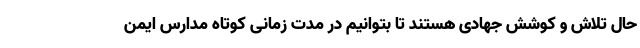
حال تلاش و کوشش جهادی هستند تا بتوانیم در مدت زمانی کوتاه مدارس ایمن